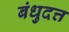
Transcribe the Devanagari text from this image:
बंधुदत्त